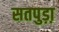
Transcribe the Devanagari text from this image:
सतपुड़ा़